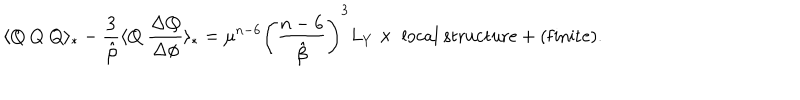
LaTeX: \langle Q ~ Q ~ Q \rangle _ { * } - \frac { 3 } { \hat { \beta } } \langle Q ~ \frac { \Delta Q } { \Delta \phi } \rangle _ { * } = \mu ^ { n - 6 } \left( \frac { n - 6 } { \hat { \beta } } \right) ^ { 3 } L _ { Y } \times \ \mathrm { l o c a l \ s t r u c t u r e } + ( \mathrm { f i n i t e } ) .